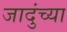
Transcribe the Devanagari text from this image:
जादुंच्या